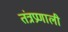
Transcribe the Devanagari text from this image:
तंत्रप्रणाली